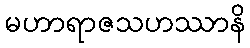
မဟာရာဇသဟဿာနိ